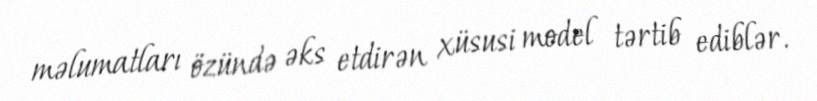
məlumatları özündə əks etdirən xüsusi model tərtib ediblər.